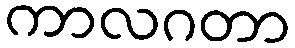
ကာလဂတာ